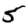
Digit: 5